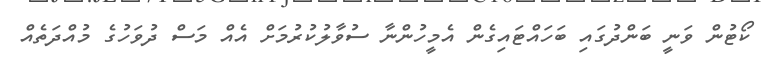
ކޯޓުން ވަނީ ބަންދުގައި ބަހައްޓައިގެން އެމީހުންނާ ސުވާލުކުރުމަށް އެއް މަސް ދުވަހުގެ މުއްދަތެއް